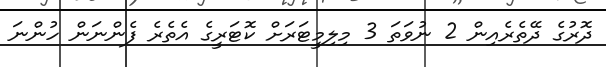
ދޮރުގެ ދޭތެރެއިން 2 ނުވަތަ 3 މިލިމީޓަރަށް ކޮޓަރީގެ އެތެރެ ފެންނަން ހުންނަ